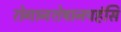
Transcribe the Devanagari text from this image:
रोगानशेषानपहंसि